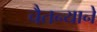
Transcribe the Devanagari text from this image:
चैतन्याने